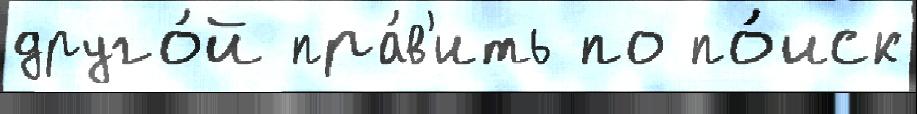
друго́й пра́в'ить по по́иск